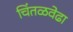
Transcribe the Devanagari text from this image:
चिंतळवेढा